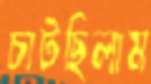
চাটছিলাম